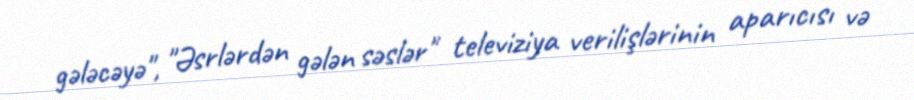
gələcəyə", "Əsrlərdən gələn səslər" televiziya verilişlərinin aparıcısı və